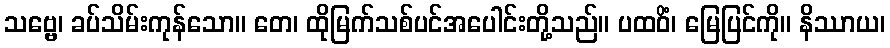
သဗ္ဗေ၊ ခပ်သိမ်းကုန်သော။ တေ၊ ထိုမြက်သစ်ပင်အပေါင်းတို့သည်။ ပထဝိံ၊ မြေပြင်ကို။ နိဿာယ၊